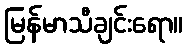
မြန်မာသီချင်းရော။